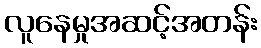
လူနေမှုအဆင့်အတန်း